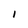
Character: I